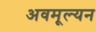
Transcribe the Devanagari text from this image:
अवमूल्‍यन